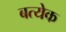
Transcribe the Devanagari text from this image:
बत्येक